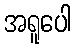
အရူပေါ